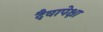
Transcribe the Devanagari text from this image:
दैवापेक्षा